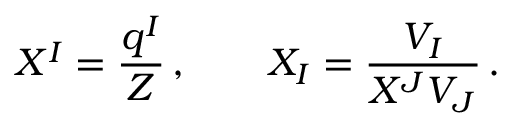
X ^ { I } = \frac { q ^ { I } } { Z } \, , \qquad X _ { I } = \frac { V _ { I } } { X ^ { J } V _ { J } } \, .